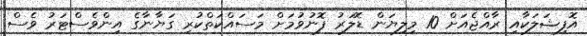
އޮފިޝަލަކާއި ރާއްޖެއަށް 10 މިލިޔަން ޑޮލަރު ފޮނުވުމަށް މަސައްކަތްކުރި ގަޔާނާގެ އިންވެސްޓަރު ވެސް